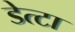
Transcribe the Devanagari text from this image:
डेत्टा